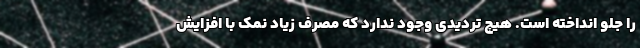
را جلو انداخته است. هیچ تردیدی وجود ندارد که مصرف زیاد نمک با افزایش